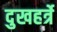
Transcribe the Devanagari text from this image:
दुखहर्त्रे